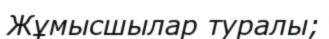
Жұмысшылар туралы;